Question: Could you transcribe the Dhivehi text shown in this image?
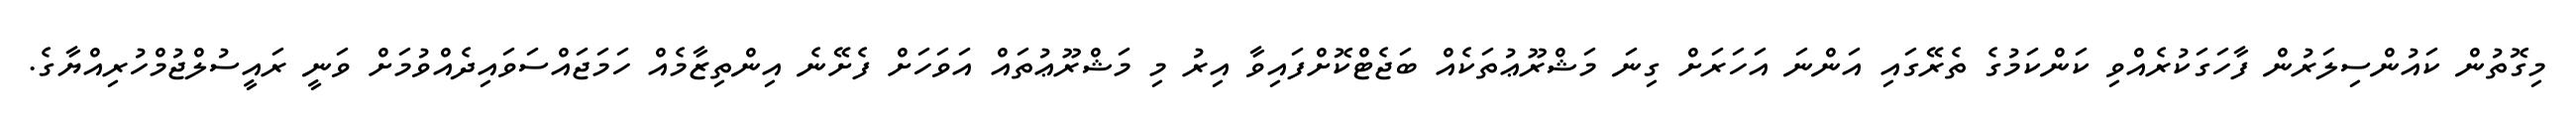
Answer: މިގޮތުން ކައުންސިލަރުން ފާހަގަކުރެއްވި ކަންކަމުގެ ތެރޭގައި އަންނަ އަހަރަށް ގިނަ މަޝްރޫޢުތަކެއް ބަޖެޓްކޮށްފައިވާ އިރު މި މަޝްރޫޢުތައް އަވަހަށް ފެށޭނެ އިންތިޒާމެއް ހަމަޖައްސަވައިދެއްވުމަށް ވަނީ ރައީސުލްޖުމްހުރިއްޔާގެ.